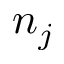
n _ { j }